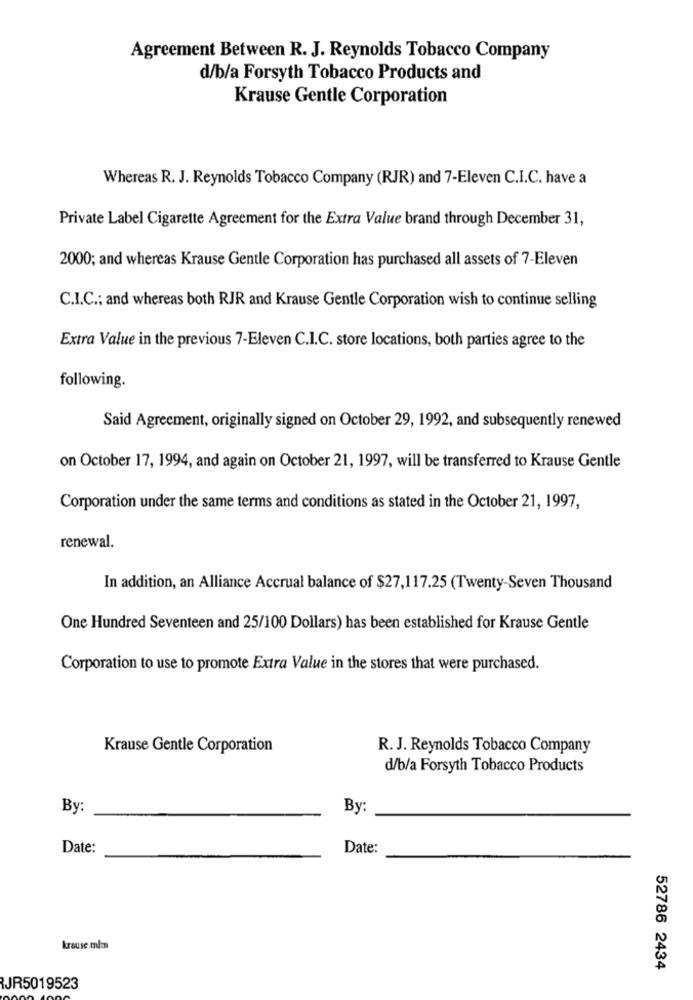
Agreement Between R. J. Reynolds Tobacco Company
d/b/a Forsyth Tobacco Products and
Krause Gentle Corporation
Whereas R. J. Reynolds Tobacco Company (RJR) and 7-Eleven C.I.C. have a
Private Label Cigarette Agreement for the Extra Value brand through December 31,
2000; and whereas Krause Gentle Corporation has purchased all assets of 7-Eleven
C.I.C .; and whereas both RJR and Krause Gentle Corporation wish to continue selling
Extra Value in the previous 7-Eleven C.I.C. store locations, both parties agree to the
following.
Said Agreement, originally signed on October 29, 1992, and subsequently renewed
on October 17, 1994, and again on October 21, 1997, will be transferred to Krause Gentle
Corporation under the same terms and conditions as stated in the October 21, 1997,
renewal.
In addition, an Alliance Accrual balance of $27,117.25 (Twenty-Seven Thousand
One Hundred Seventeen and 25/100 Dollars) has been established for Krause Gentle
Corporation to use to promote Extra Value in the stores that were purchased.
Krause Gentle Corporation
R. J. Reynolds Tobacco Company
d/b/a Forsyth Tobacco Products
By:
By:
Date:
Date:
krause ml-
52786 2434
JR5019523